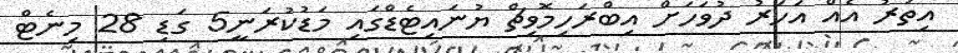
އިތުރު އެއް އަހަރު ދުވަހަށް އިބްރަހިމޮވިޗް ޔުނައިޓެޑްގައި މަޑުކުރަނީ5 ގަޑި 28 މިނެޓް